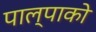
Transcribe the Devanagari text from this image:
पाल्पाको